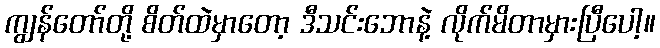
ကျွန်တော်တို့ စိတ်ထဲမှာတော့ ဒီသင်းဘောနဲ့ လိုက်မိတာမှားပြီပေါ့။